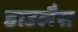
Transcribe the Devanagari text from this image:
डाउलैस